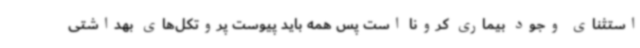
استثنای وجود بیماری کرونا است پس همه باید پیوست پروتکل‌های بهداشتی